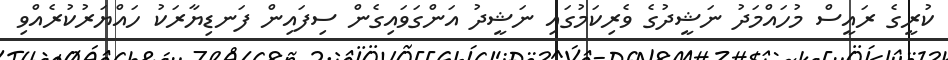
ކުރީގެ ރައީސް މުހައްމަދު ނަޝީދުގެ ވެރިކަމުގައި ނަޝީދު އަންގަވައިގެން ސިފައިން ފަނޑިޔާރަކު ހައްޔަރުކުރެއްވި